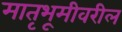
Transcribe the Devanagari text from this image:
मातृभूमीवरील